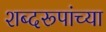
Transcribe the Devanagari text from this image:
शब्दरूपांच्या